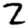
Digit: 2